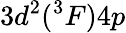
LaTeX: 3d^{2}(^{3}F)4p